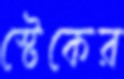
স্টেকের